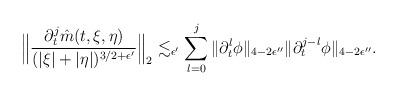
LaTeX: \begin{align*}&\Big\|\frac{\partial_t^j\hat m(t,\xi,\eta)}{(|\xi|+|\eta|)^{3/2+\epsilon'}}\Big\|_2\lesssim_{\epsilon'} \sum_{l=0}^j\|\partial_t^l\phi\|_{4-2\epsilon''}\|\partial_t^{j-l}\phi\|_{4-2\epsilon''}.\end{align*}